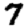
Digit: 7